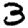
Digit: 3